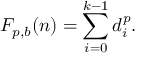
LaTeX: F _ { p , b } ( n ) = \sum _ { i = 0 } ^ { k - 1 } d _ { i } ^ { p } .